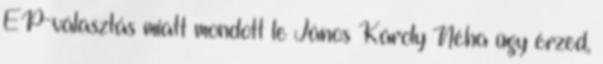
EP-választás miatt mondott le János Károly Néha úgy érzed,